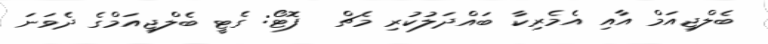
ބެލްޖިއަމް އާއި އެމެރިކާ ބައްދަލުކުރި މެޗް  ފޮޓޯ: ގެޓީ ބެލްޖިއަމްގެ ދެވަނަ